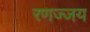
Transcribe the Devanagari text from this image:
रणज्जय